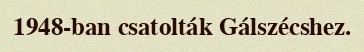
1948-ban csatolták Gálszécshez.